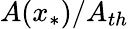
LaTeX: A(x_{*})/A_{th}